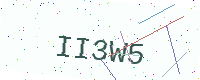
Text: II3W5